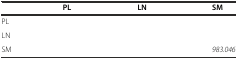
<table><thead><tr><td>[EMPTY_CELL]</td><td><b>PL</b></td><td><b>LN</b></td><td><b>SM</b></td></tr></thead><tbody><tr><td>PL</td><td>[EMPTY_CELL]</td><td>[EMPTY_CELL]</td><td>[EMPTY_CELL]</td></tr><tr><td>LN</td><td>[EMPTY_CELL]</td><td>[EMPTY_CELL]</td><td>[EMPTY_CELL]</td></tr><tr><td>SM</td><td>[EMPTY_CELL]</td><td>[EMPTY_CELL]</td><td><i>983.046</i></td></tr></tbody></table>